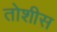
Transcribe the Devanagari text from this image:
तोशीस